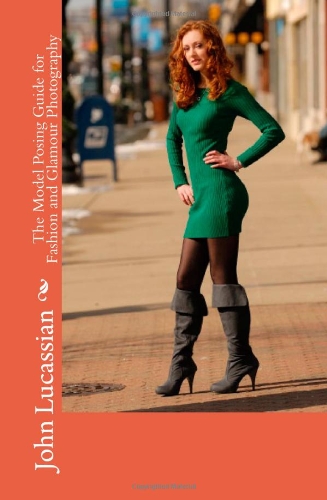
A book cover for The Model Posing Guide For Fashion And Glamour Photography; John Lucassian; Arts & Photography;